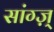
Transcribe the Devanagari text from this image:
सांग्ज़्‌